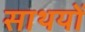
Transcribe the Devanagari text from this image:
साथयों